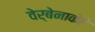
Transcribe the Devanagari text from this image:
वेर्बेनाकेऐ